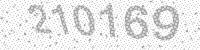
Solution: 210169